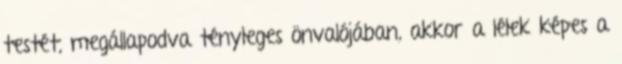
testét, megállapodva tényleges önvalójában, akkor a lélek képes a